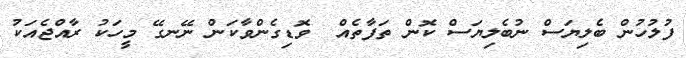
ފުލުހުން ބެލިޔަސް ނުބެލިޔަސް ކޮން ތަފާތެއް  ވޮޑިގެންވާކަން ނޭނގޭ މީހަކު ރާއްޖެއަކު